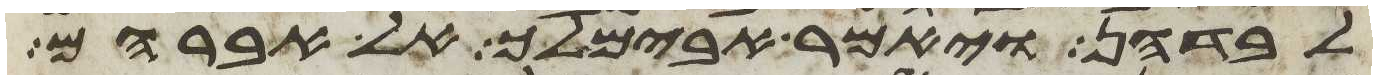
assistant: לבדהן ויאמר אבימלך אל אברהם